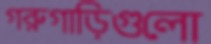
গরুগাড়িগুলো